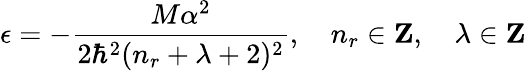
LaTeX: \epsilon=-\frac{M\alpha^{2}}{2\hbar^{2}(n_{r}+\lambda+2)^{2}},\, \, \, \, \, \, n_{r}\in\mathrm{{\mathbf Z}},\, \, \, \, \, \, \lambda\in\mathrm{{\mathbf Z}}